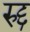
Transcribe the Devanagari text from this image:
रुद्द